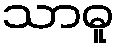
သာဓူ